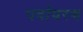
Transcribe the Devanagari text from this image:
पर्वावरण